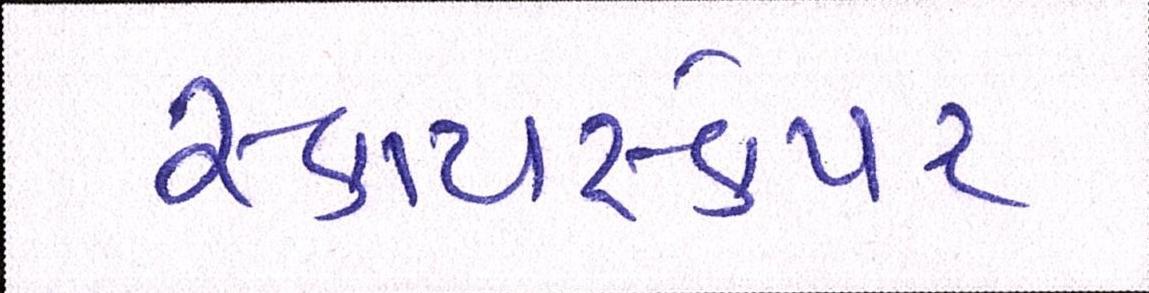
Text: સ્કાયસ્ક્રેપર